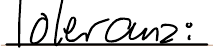
Toleranz: